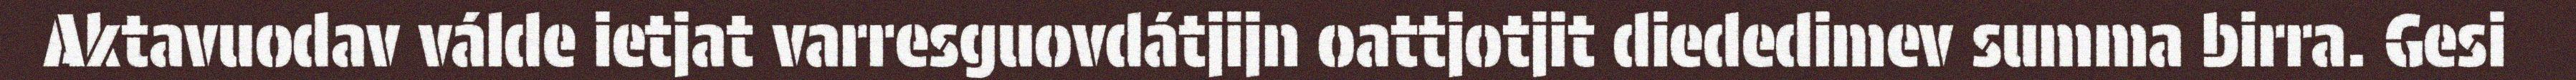
Aktavuodav válde ietjat varresguovdátjijn oattjotjit diededimev summa birra. Gesi